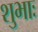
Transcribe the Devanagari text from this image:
शुभाः